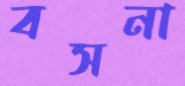
বসনা